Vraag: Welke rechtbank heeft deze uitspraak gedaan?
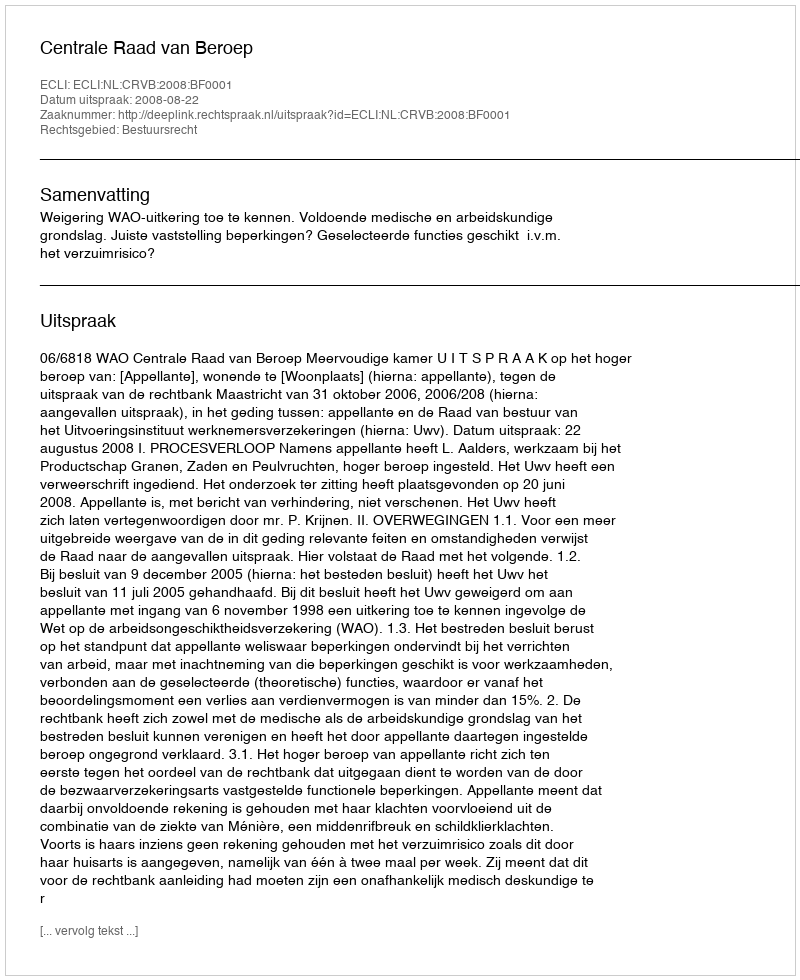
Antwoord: Centrale Raad van Beroep